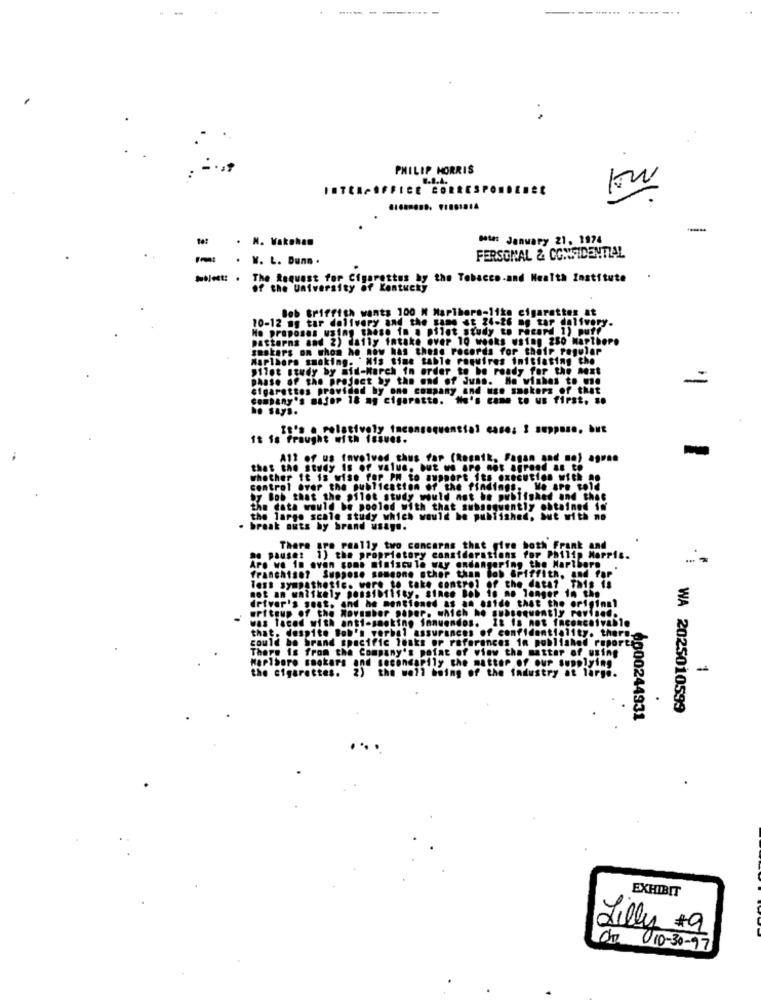
----
PHILIP MORRIS
-
N. Vakakan
Data: January 21, 1974
W. L. Dunn .
FERSONAL & CONFIDENTIAL
The Request for Cigarettes by the Tobacco.and Health Institute
of the University of Kentucky
Bob Griffith wants 100 M Marlboro-like cigarettes at
10-12 ns tar delivery and the Fame E 24-26 00 Sap d
Ho proposes using these in a pilot study to record 1) puff
attarns and 2) daily intake over 10 weeks using 250 Mapthere
sastars on whom he now has these records for their regular
Marlboro smoking. "His time table requires initiating the
pilot study by mid-March in order to be ready for the next
phase of the project by the end of dunn. He wishes to me
=
Cigarettes provided by one company and use smokers of that
company's major 18 a cigarette. He's came to us first. ..
he Says.
It's a relatively tness
attal case: 3 aupp .... .
1 is fraught with issues.
All of us Involved thus far (Resnik, Fagan
that the Study Is of value, but we Are not af
whether it is wise for PM to support its execution with
control Over the publication of the findings.
We are told
by Bob that the pilot study would not be published and that
the data would be pooled with that subsequently obtained in'
the large scale study which would be published, but with no
break outs by brand usay ..
ne pauser
ThPO
gre really two concaras that give both Frank and
1) the proprietary considerations for Philip Mapp
Ping the Mapt
Are we in oven soms miniscule way ond
franchise7 Suppose someone other than bob Griffith, and far
less sympathetic. were to take control
not an walikely pons1.fifty. sinen Bob 1o no longer in the
the data?
THIS 18
driver's go82, and he mentioned as an aside that the original
writeup of the November paper. which .. ..... quently Pev .....
was faced with anti-smoking fanue
that. despite Bob's verbal assurances of confidentiality. th
could be brand specific leaks or
There is from the Company's point of view the matter of using
Marlboro smokers and secondarily the matter Of our Supplying
the cigarettes.
the well being of the fadustry at ]
WA 2025010599
6000244931
EXHIBIT
Lilly #9
Cz 010-30- 97